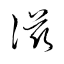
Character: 滋